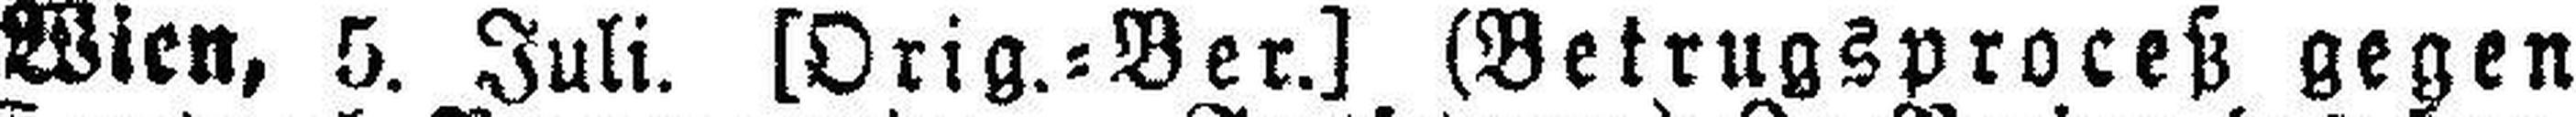
Wien, 5. Juli. [Orig.=Ber.] (Betrugsproceß gegen